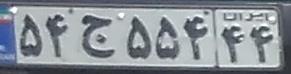
۵۴ج۵۵۴۴۴